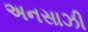
અનસાઝી